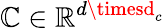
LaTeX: \mathbb{C}\in\mathbb{{R}}^{d\timesd_{c}}